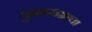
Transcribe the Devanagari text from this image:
तुकारामाचा